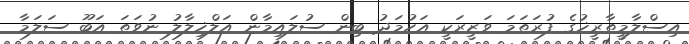
އިސްލާމީތާރީޚުގެ ފުރަތަމަ ވަޒީރަކީ އަހުމަދު ބިން ސުލައިމާން އަލްޚިލާލު ނުވަތަ އަބޫ ސަލަމާ